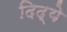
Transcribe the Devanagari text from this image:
दिद्ये